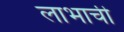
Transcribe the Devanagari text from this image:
लाभाची